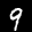
Label: 9